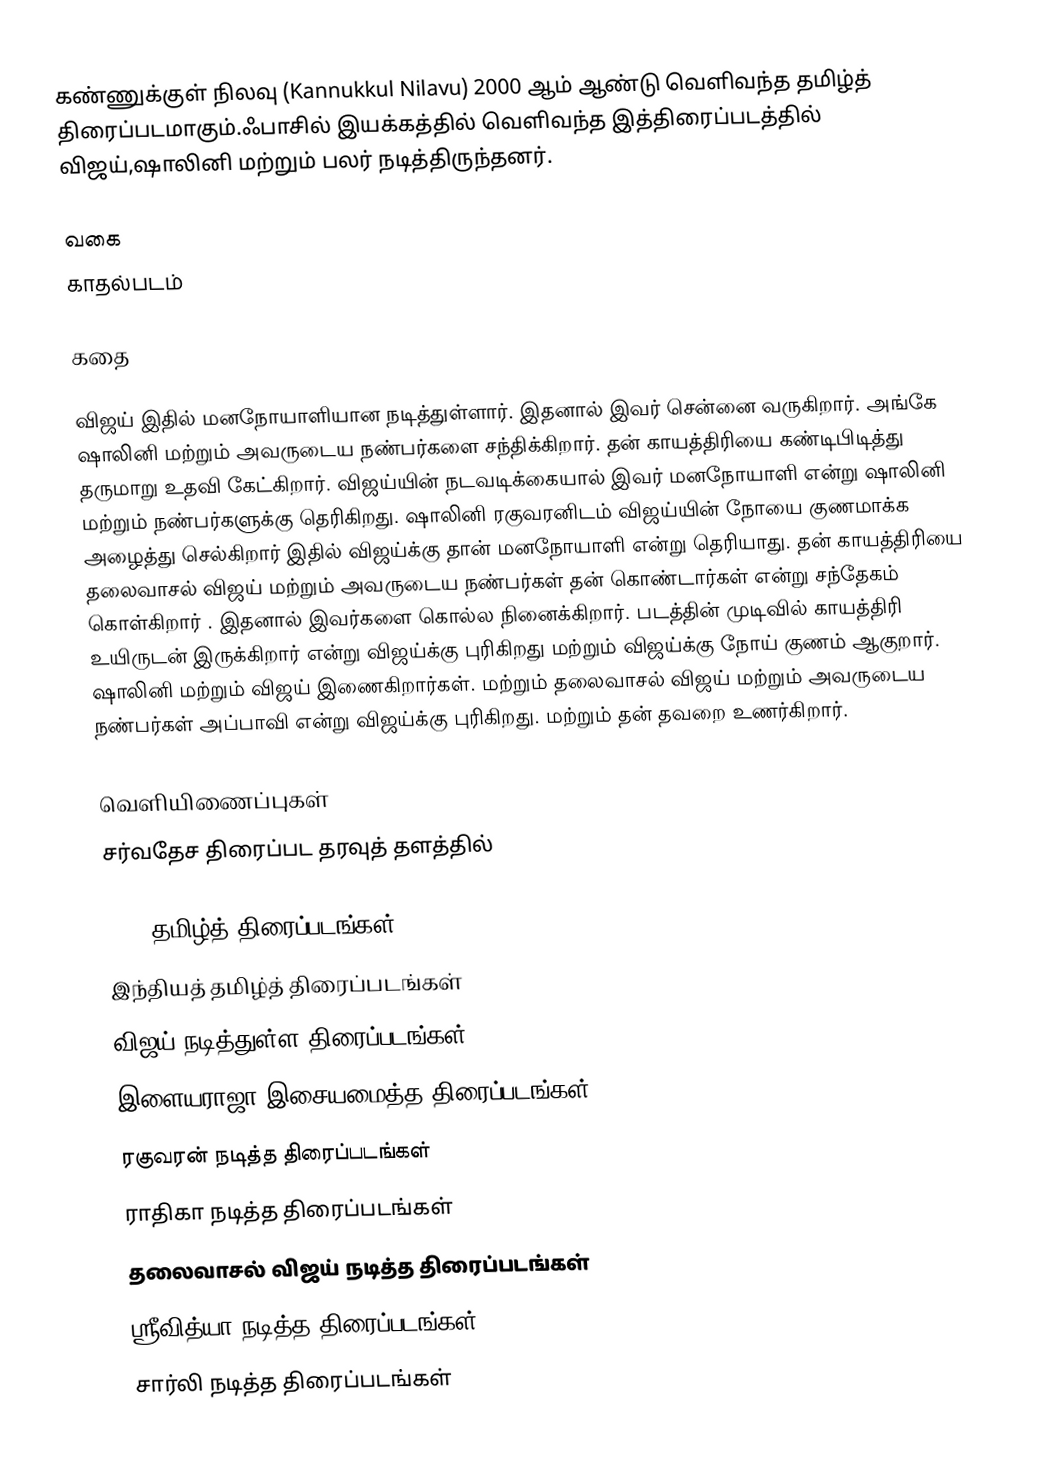
கண்ணுக்குள் நிலவு (Kannukkul Nilavu) 2000 ஆம் ஆண்டு வெளிவந்த தமிழ்த் திரைப்படமாகும்.ஃபாசில் இயக்கத்தில் வெளிவந்த இத்திரைப்படத்தில் விஜய்,ஷாலினி மற்றும் பலர் நடித்திருந்தனர்.

வகை
காதல்படம்

கதை

விஜய் இதில் மனநோயாளியான நடித்துள்ளார்.  இதனால் இவர் சென்னை வருகிறார். அங்கே ஷாலினி மற்றும் அவருடைய நண்பர்களை சந்திக்கிறார். தன் காயத்திரியை கண்டிபிடித்து தருமாறு உதவி கேட்கிறார். விஜய்யின் நடவடிக்கையால் இவர்  மனநோயாளி என்று ஷாலினி மற்றும் நண்பர்களுக்கு தெரிகிறது. ஷாலினி ரகுவரனிடம் விஜய்யின்    நோயை குணமாக்க  அழைத்து செல்கிறார் இதில் விஜய்க்கு தான்  மனநோயாளி என்று தெரியாது. தன் காயத்திரியை தலைவாசல் விஜய் மற்றும் அவருடைய   நண்பர்கள் தன் கொண்டார்கள் என்று சந்தேகம் கொள்கிறார் . இதனால் இவர்களை கொல்ல நினைக்கிறார். படத்தின் முடிவில் காயத்திரி உயிருடன் இருக்கிறார் என்று விஜய்க்கு புரிகிறது மற்றும் விஜய்க்கு நோய் குணம் ஆகுறார். ஷாலினி  மற்றும் விஜய் இணைகிறார்கள். மற்றும் தலைவாசல் விஜய் மற்றும் அவருடைய நண்பர்கள் அப்பாவி என்று விஜய்க்கு புரிகிறது. மற்றும் தன் தவறை உணர்கிறார்.

வெளியிணைப்புகள்
சர்வதேச திரைப்பட தரவுத் தளத்தில்

2000 தமிழ்த் திரைப்படங்கள்
இந்தியத் தமிழ்த் திரைப்படங்கள்
விஜய் நடித்துள்ள திரைப்படங்கள்
இளையராஜா இசையமைத்த திரைப்படங்கள்
ரகுவரன் நடித்த திரைப்படங்கள்
ராதிகா நடித்த திரைப்படங்கள்
தலைவாசல் விஜய் நடித்த திரைப்படங்கள்
ஸ்ரீவித்யா நடித்த திரைப்படங்கள்
சார்லி நடித்த திரைப்படங்கள்